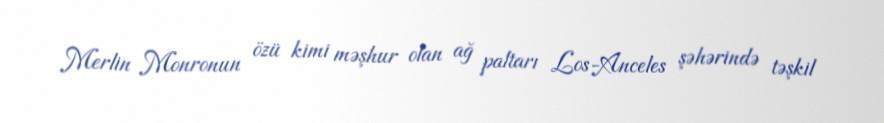
Merlin Monronun özü kimi məşhur olan ağ paltarı Los-Anceles şəhərində təşkil